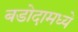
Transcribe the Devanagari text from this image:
बडोदामध्ये